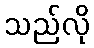
သည်လို